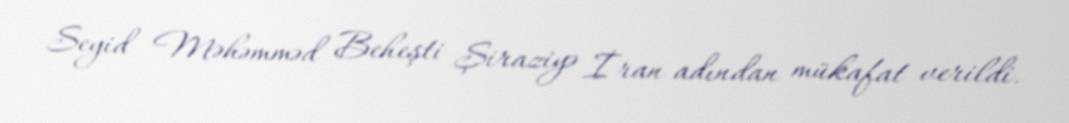
Seyid Məhəmməd Beheşti Şiraziyə İran adından mükafat verildi.